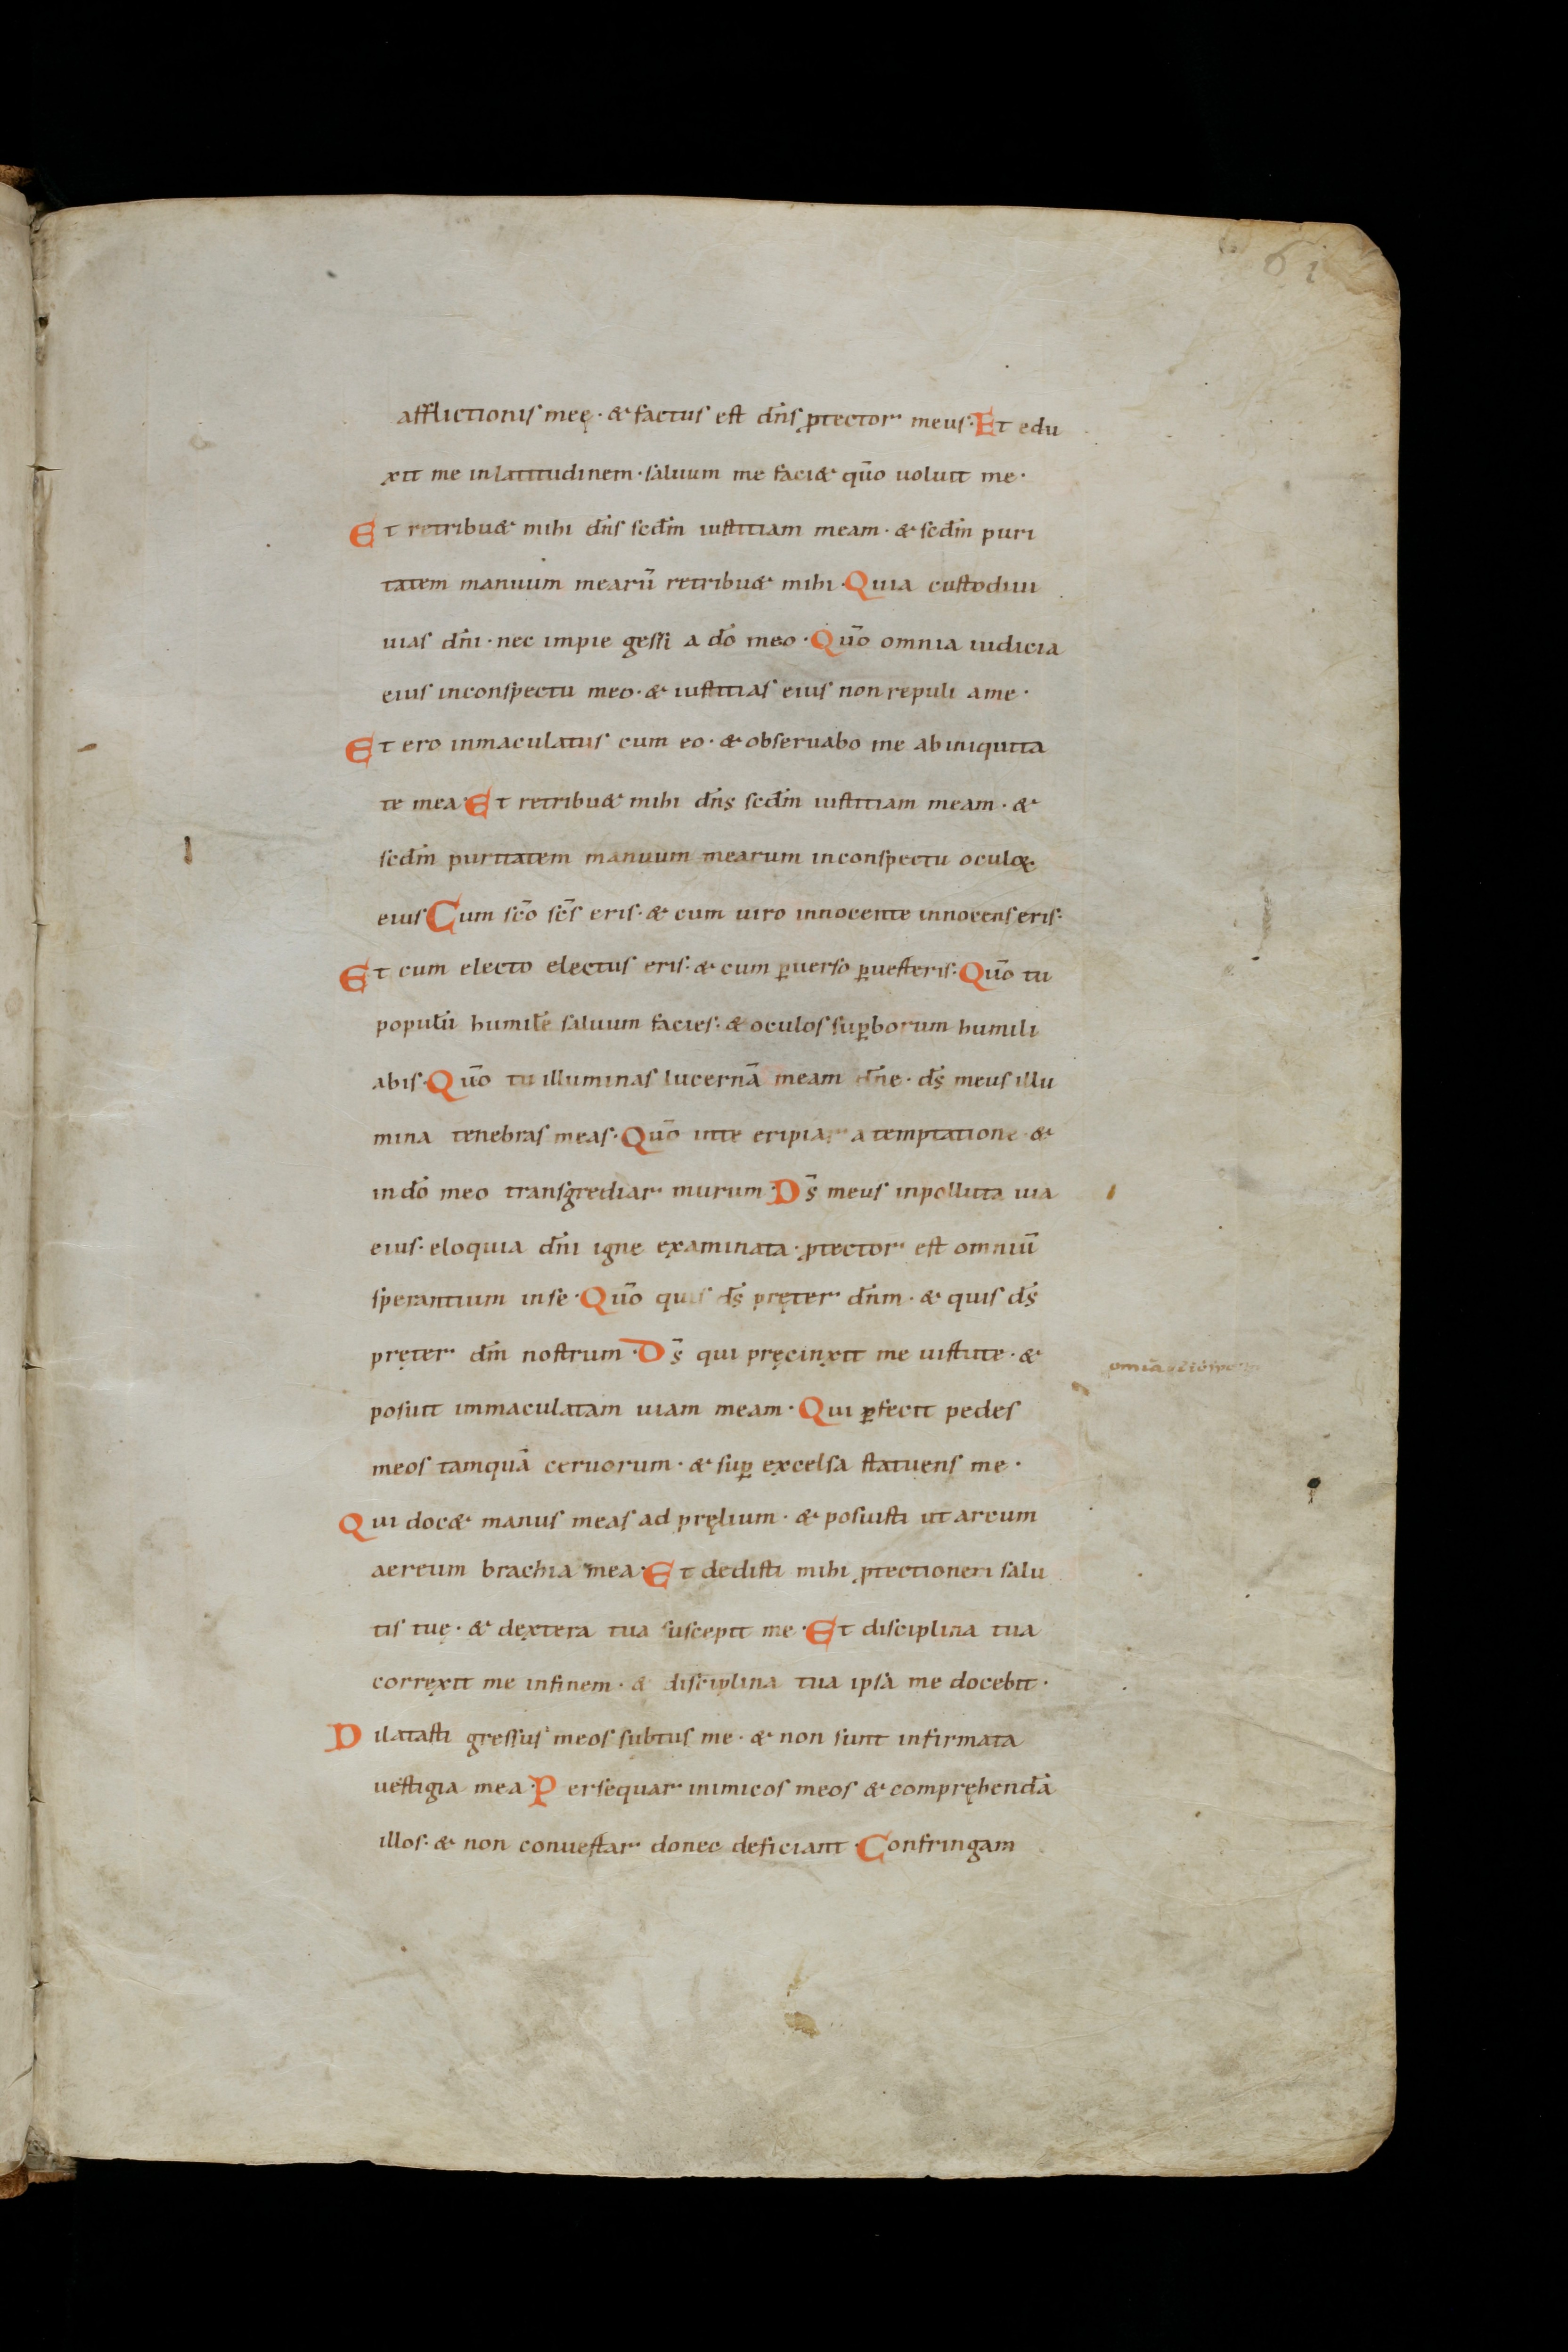
Shelfmark: St. Gallen, Stiftsbibliothek, Cod. Sang. 18
Century: 10